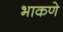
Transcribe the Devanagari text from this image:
भाकणे